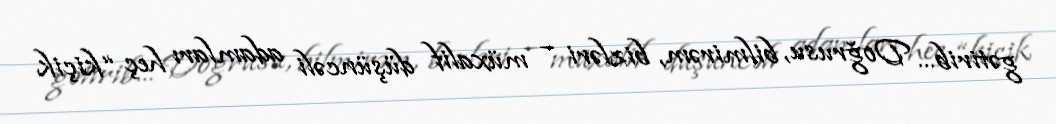
gətirib... Doğrusu, bilmirəm, bizləri – müxalif düşüncəli adamları heç “kiçik